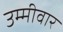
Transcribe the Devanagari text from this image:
उम्मीवार